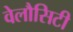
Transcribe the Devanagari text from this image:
वेलौसिटी